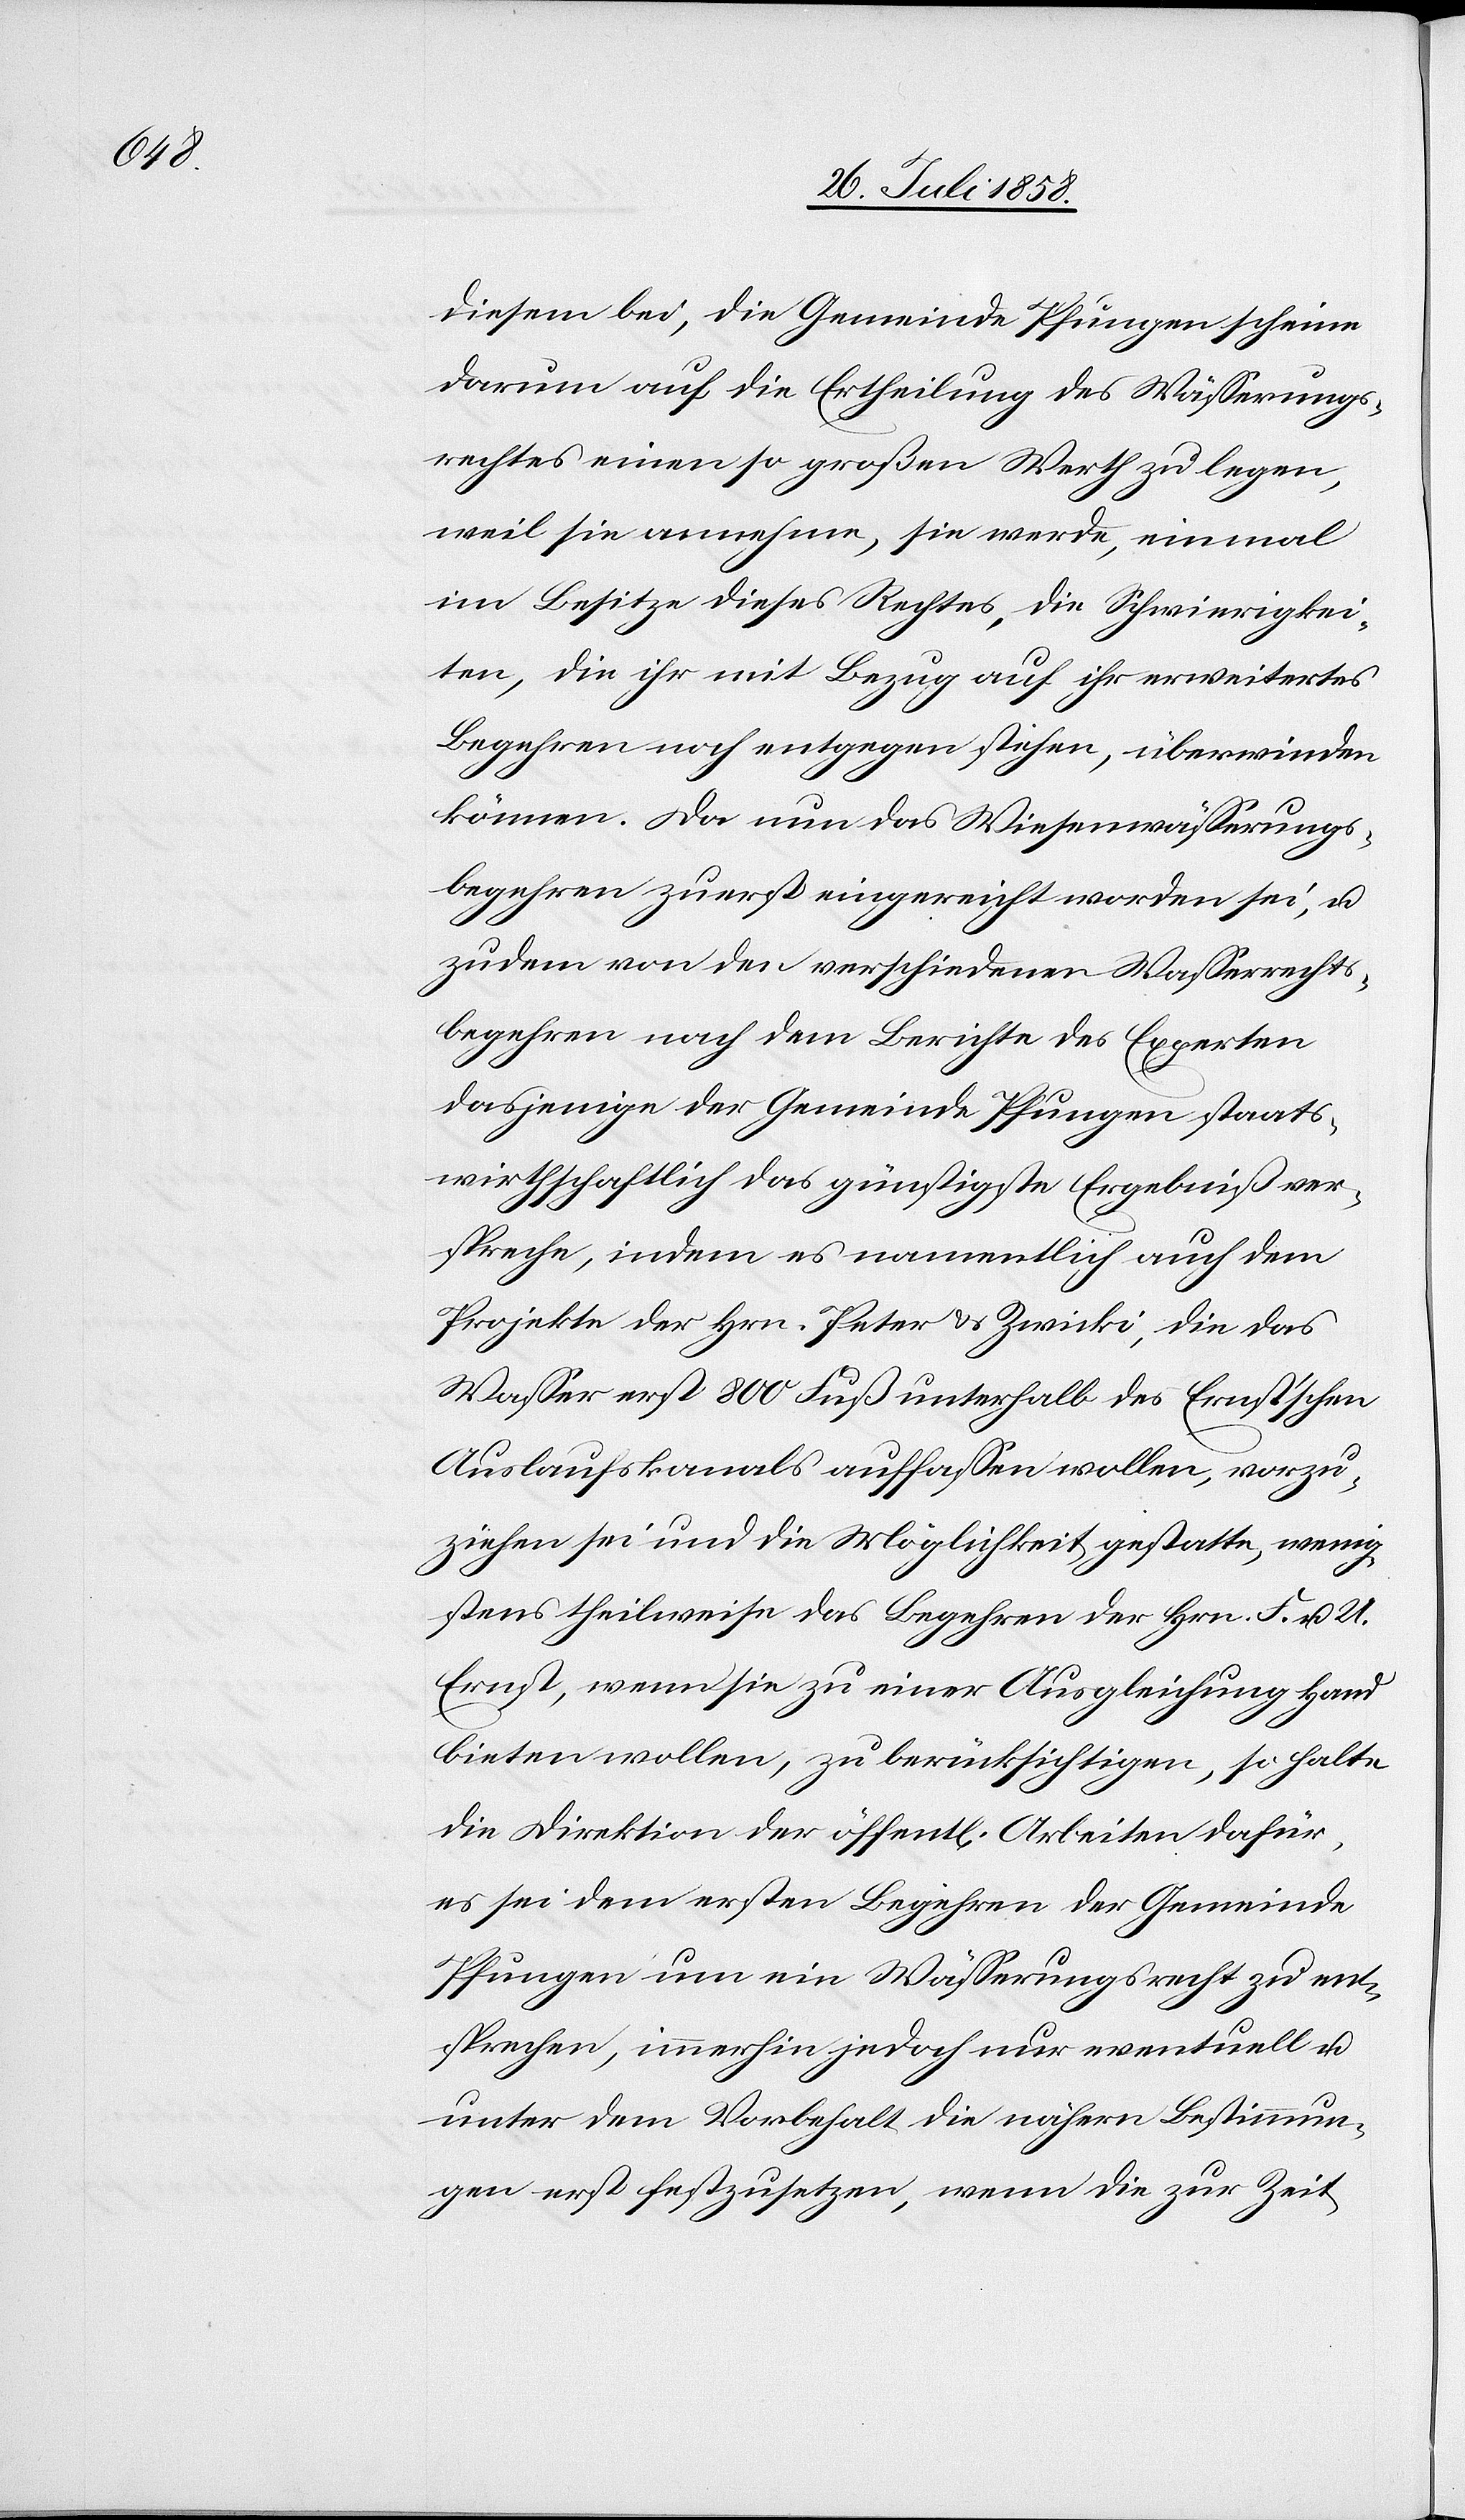
diesem bei, die Gemeinde Pfungen scheine
darum auf die Ertheilung des Wässerungs¬
rechtes einen so großen Werth zu legen,
weil sie annehme, sie werde, einmal
im Besitze dieses Rechtes, die Schwierigkei¬
ten, die ihr mit Bezug auf ihr erweitertes
Begehren noch entgegen stehen, überwinden
können. Da nun das Wiesenwässerungs¬
begehren zuerst eingereicht worden sei, u.
zudem von den verschiedenen Wasserrechts¬
begehren nach dem Berichte des Experten
dasjenige der Gemeinde Pfungen staats¬
wirthschaftlich das günstigste Ergebniß ver¬
spreche, indem es namentlich auch dem
Projekte der Hrn. Peter & Zwicki, die das
Wasser erst 800 Fuß unterhalb des Ernst’schen
Auslaufskanals auffassen wollen, vorzu¬
ziehen sei und die Möglichkeit gestatte, wenig¬
stens theilweise das Begehren der Hrn. F. u. U.
Ernst, wenn sie zu einer Ausgleichung Hand
bieten wollen, zu berücksichtigen, so halte
die Direktion der öffent[lichen] Arbeiten dafür,
es sei dem ersten Begehren der Gemeinde
Pfungen um ein Wässerungsrecht zu ent¬
sprechen, immerhin jedoch nur eventuell u.
unter dem Vorbehalt die nähern Bestimmun¬
gen erst festzusetzen, wenn die zur Zeit